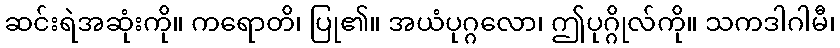
ဆင်းရဲအဆုံးကို။ ကရောတိ၊ ပြု၏။ အယံပုဂ္ဂလော၊ ဤပုဂ္ဂိုလ်ကို။ သကဒါဂါမီ၊